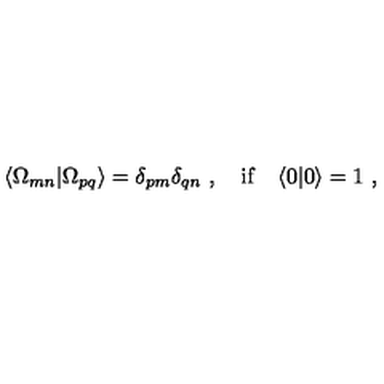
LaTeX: \langle \Omega _ { m n } | \Omega _ { p q } \rangle = \delta _ { p m } \delta _ { q n } \ , \quad \mathrm { i f } \quad \langle 0 | 0 \rangle = 1 \ ,